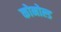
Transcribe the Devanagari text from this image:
कोनोल्ड